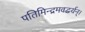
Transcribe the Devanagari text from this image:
पतिमिन्द्रमवद्धर्यन्।